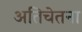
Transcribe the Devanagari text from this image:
अतिचेतना